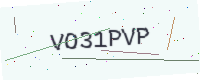
Text: VO31PVP